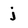
Character: j